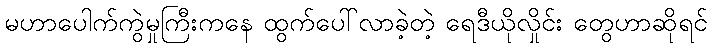
မဟာပေါက်ကွဲမှုကြီးကနေ ထွက်ပေါ်လာခဲ့တဲ့ ရေဒီယိုလှိုင်း တွေဟာဆိုရင်